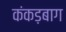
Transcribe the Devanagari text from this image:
कंकड़बाग